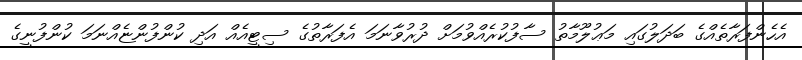
އެހެންފަރާތެއްގެ ބަދަލުގައި މަޢުލޫމާތު ސާފުކުރެއްވުމަށް ދުރުވާނަމަ އެފަރާތުގެ ސިޓީއެއް އަދި ކުންފުންޏެއްނަމަ ކުންފުނީގެ